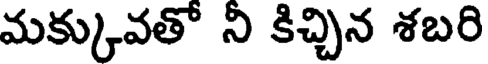
మక్కువతో ని కిచ్చిన శబరి